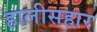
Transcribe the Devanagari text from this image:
हालीसहार